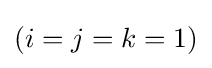
{\textstyle (i=j=k=1)}